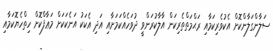
ސަލާންގަލާންކޮށް އެކުވެރިކަމާއި ރަޙްމަތްތެރިކަން އާލާކުރަންވީ ދުވަހެއްކަމަށާއި އަދި އެކަކު އަނެކަކަށް މަޢާފްކޮށް ހިތްހެޔޮކަމާއި